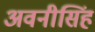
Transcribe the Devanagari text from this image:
अवनीसिंह